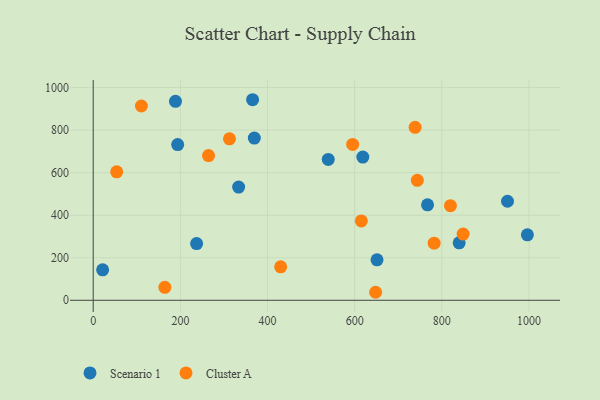
{"axis": {"x": "Study Hours", "y": "Yield"}, "legend": ["Cluster A", "Scenario 1"], "data": [{"x": "950.6", "y": 465.4, "type": "Scenario 1"}, {"x": "333.7", "y": 532.2, "type": "Scenario 1"}, {"x": "365.7", "y": 942.7, "type": "Scenario 1"}, {"x": "369.7", "y": 762.3, "type": "Scenario 1"}, {"x": "618.6", "y": 673.2, "type": "Scenario 1"}, {"x": "996.2", "y": 307.5, "type": "Scenario 1"}, {"x": "193.8", "y": 732.0, "type": "Scenario 1"}, {"x": "539.3", "y": 662.0, "type": "Scenario 1"}, {"x": "21.6", "y": 143.1, "type": "Scenario 1"}, {"x": "651.2", "y": 189.9, "type": "Scenario 1"}, {"x": "237.2", "y": 266.3, "type": "Scenario 1"}, {"x": "188.8", "y": 935.3, "type": "Scenario 1"}, {"x": "767.1", "y": 448.9, "type": "Scenario 1"}, {"x": "839.7", "y": 270.2, "type": "Scenario 1"}, {"x": "110.6", "y": 913.1, "type": "Cluster A"}, {"x": "53.9", "y": 603.7, "type": "Cluster A"}, {"x": "819.7", "y": 444.9, "type": "Cluster A"}, {"x": "848.8", "y": 311.2, "type": "Cluster A"}, {"x": "430.1", "y": 157.0, "type": "Cluster A"}, {"x": "738.6", "y": 813.1, "type": "Cluster A"}, {"x": "648.0", "y": 37.6, "type": "Cluster A"}, {"x": "264.6", "y": 680.3, "type": "Cluster A"}, {"x": "312.6", "y": 758.9, "type": "Cluster A"}, {"x": "615.2", "y": 373.1, "type": "Cluster A"}, {"x": "743.7", "y": 563.8, "type": "Cluster A"}, {"x": "782.3", "y": 268.5, "type": "Cluster A"}, {"x": "595.3", "y": 732.7, "type": "Cluster A"}, {"x": "164.4", "y": 60.9, "type": "Cluster A"}]}